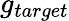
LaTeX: g_{target}